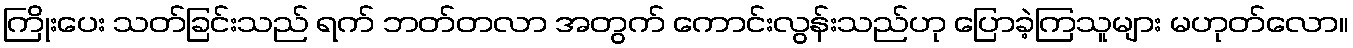
ကြိုးပေး သတ်ခြင်းသည် ရက် ဘတ်တလာ အတွက် ကောင်းလွန်းသည်ဟု ပြောခဲ့ကြသူများ မဟုတ်လော။